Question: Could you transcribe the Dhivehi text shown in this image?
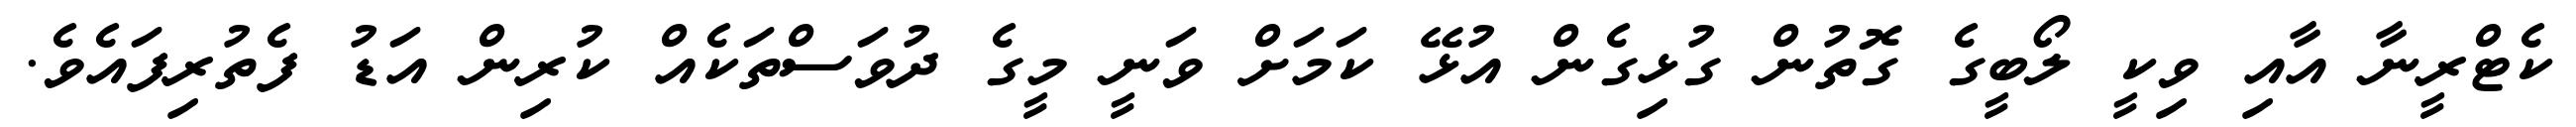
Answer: ކެޓްރީނާ އާއި ވިކީ ލޯބީގެ ގޮތުން ގުޅިގެން އުޅޭ ކަމަށް ވަނީ މީގެ ދުވަސްތަކެއް ކުރިން އަޑު ފެތުރިފައެވެ.